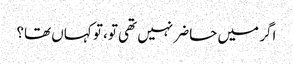
اگر میں حاضر نہیں تھی تو، تو کہاں تھا؟